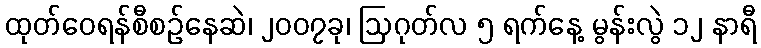
ထုတ်ဝေရန်စီစဉ်နေဆဲ၊ ၂၀၀၇ခု၊ ဩဂုတ်လ ၅ ရက်နေ့ မွန်းလွဲ ၁၂ နာရီ